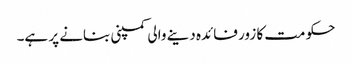
حکومت کا زور فائدہ دینے والی کمپنی بنانے پر ہے۔